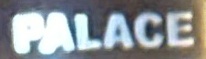
PALACE